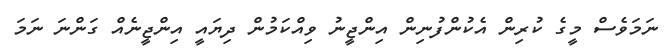
ނަމަވެސް މީގެ ކުރިން އެކުންފުނިން އިންޖީނު ވިއްކަމުން ދިޔައީ އިންޖީނެއް ގަންނަ ނަމަ